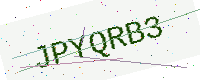
Text: JPYQRB3